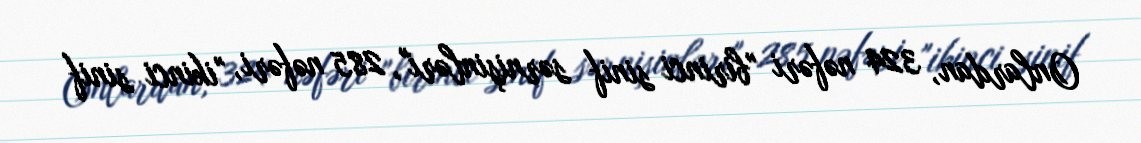
Onlardan, 324 nəfəri "birinci sinif sərnişinləri", 285 nəfəri, "ikinci sinif